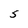
Character: S